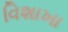
વિશાખા